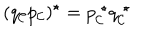
( q _ { \cal C } p _ { \cal C } ) ^ { \star } = p _ { \cal C } ^ { \; \star } q _ { \cal C } ^ { \; \star }